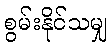
စွမ်းနိုင်သမျှ